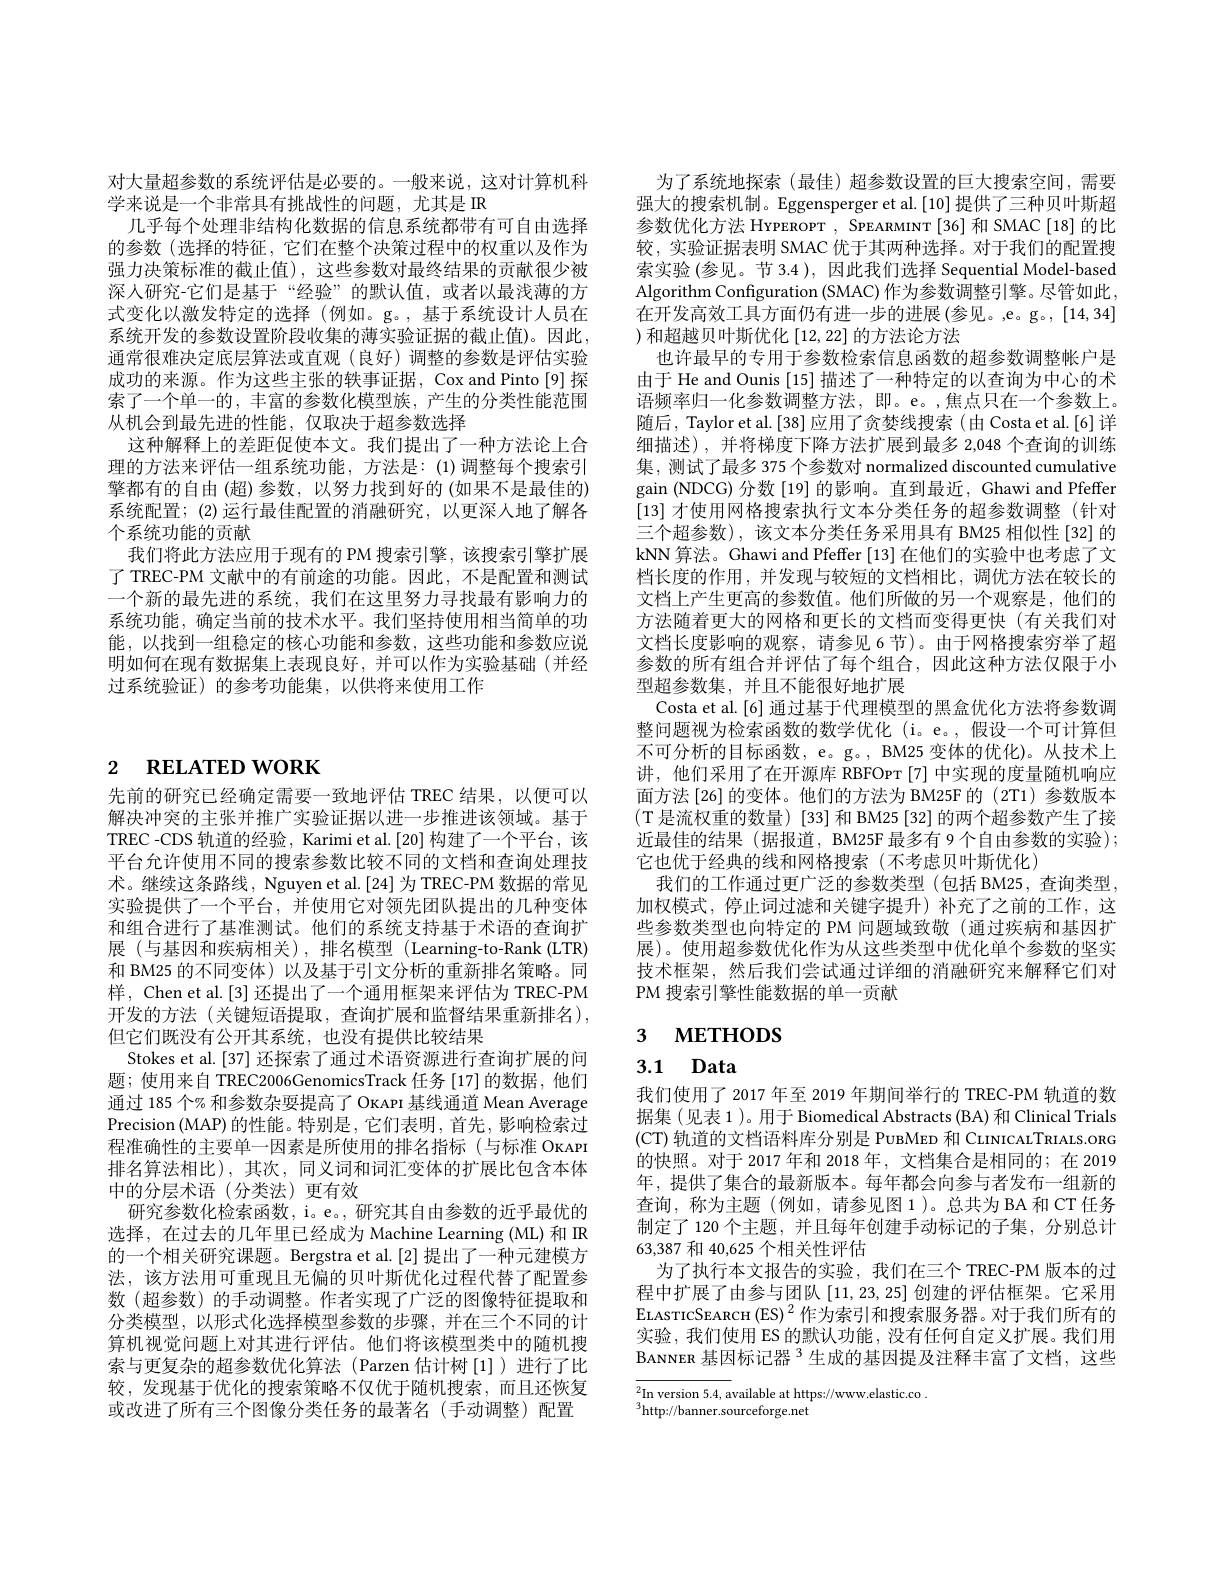
对大量超参数的系统评估是必要的。一般来说，这对计算机科
学来说是一个非常具有挑战性的问题，尤其是 R
几乎每个处理非结构化数据的信息系统都带有可自由选择的参数(选择的特征，它们在整个决策过程中的权重以及作为强力决策标准的截止值),这些参数对最终结果的贡献很少被深人研究-它们是基于“经验”的默认值，或者以最浅薄的方式变化以激发特定的选择 (例如。g。,基于系统设计人员在系统开发的参数设置阶段收集的薄实验证据的截止值)。因此， 通常很难决定底层算法或直观(良好)调整的参数是评估实验成功的来源。作为这些主张的轶事证据，Cox and Pinto[9] 探索了一个单一的，丰富的参数化模型族，产生的分类性能范围从机会到最先进的性能，仅取决于超参数选择
这种解释上的差距促使本文。我们提出了一种方法论上合理的方法来评估一组系统功能，方法是：(1)调整每个搜索引擎都有的自由 (超)参数，以努力找到好的 (如果不是最佳的) 系统配置；(2)运行最佳配置的消融研究，以更深入地了解各个系统功能的贡献
我们将此方法应用于现有的 PM 搜索引擎，该搜索引擎扩展了 TREC-PM 文献中的有前途的功能。因此，不是配置和测试一个新的最先进的系统，我们在这里努力寻找最有影响力的系统功能，确定当前的技术水平。我们坚持使用相当简单的功能，以找到一组稳定的核心功能和参数，这些功能和参数应说明如何在现有数据集上表现良好，并可以作为实验基础(并经过系统验证)的参考功能集，以供将来使用工作

# 2 RELATED WORK

先前的研究已经确定需要一致地评估 TREC 结果，以便可以解决冲突的主张并推广实验证据以进一步推进该领域。基于TREC -CDS 轨道的经验，Karimi et al.[20] 构建了一个平台，该平台允许使用不同的搜索参数比较不同的文档和查询处理技术。继续这条路线，Nguyen et al.[24] 为 TREC-PM 数据的常见实验提供了一个平台，并使用它对领先团队提出的几种变体和组合进行了基准测试。他们的系统支持基于术语的查询扩展 (与基因和疾病相关),排名模型 (Learning-to-Rank (LTR) 和 BM25 的不同变体)以及基于引文分析的重新排名策略。同样，Chen et al.[3] 还提出了一个通用框架来评估为 TREC-PM 开发的方法(关键短语提取，查询扩展和监督结果重新排名), 但它们既没有公开其系统，也没有提供比较结果
Stokes et al.[37] 还探索了通过术语资源进行查询扩展的问题；使用来自 TREC2006GenomicsTrack 任务[17]的数据，他们通过 185 个% 和参数杂耍提高了 OKAPI 基线通道 Mean Average Precision$\left(\mathrm{MAP}\right)$的性能。特别是，它们表明，首先，影响检索过程准确性的主要单一因素是所使用的排名指标(与标准 OKAPI 排名算法相比),其次，同义词和词汇变体的扩展比包含本体中的分层术语(分类法)更有效
研究参数化检索函数，i。e。, 研究其自由参数的近乎最优的选择，在过去的几年里已经成为 Machine Learning (ML) 和 IR 的一个相关研究课题。Bergstra et al.[2] 提出了一种元建模方法，该方法用可重现且无偏的贝叶斯优化过程代替了配置参数 (超参数) 的手动调整。作者实现了广泛的图像特征提取和分类模型，以形式化选择模型参数的步骤，并在三个不同的计算机视觉问题上对其进行评估。他们将该模型类中的随机搜索与更复杂的超参数优化算法(Parzen 估计树[1])进行了比较，发现基于优化的搜索策略不仅优于随机搜索，而且还恢复或改进了所有三个图像分类任务的最著名(手动调整)配置

为了系统地探索(最佳)超参数设置的巨大搜索空间，需要强大的搜索机制。Eggensperger et al.[10] 提供了三种贝叶斯超参数优化方法 HYPEROPT , SPEARMINT [36] 和 SMAC [18] 的比较，实验证据表明 SMAC 优于其两种选择。对于我们的配置搜索实验 (参见。节 3.4 ), 因此我们选择 Sequential Model-based Algorithm Configuration (SMAC) 作为参数调整引擎。尽管如此， 在开发高效工具方面仍有进一步的进展(参见。,e。g。,[14,34] )和超越贝叶斯优化$\left[12,22\right]$的方法论方法
也许最早的专用于参数检索信息函数的超参数调整帐户是由于 He and Ounis [15] 描述了一种特定的以查询为中心的术语频率归一化参数调整方法，即。e。,焦点只在一个参数上。随后，Taylor et al. [38] 应用了贪婪线搜索(由 Costa et al.[6] 详细描述),并将梯度下降方法扩展到最多 2,048 个查询的训练集，测试了最多 375 个参数对 normalized discounted cumulative gain (NDCG) 分数[19] 的影响。直到最近，Ghawi and Pfeffer [13]才使用网格搜索执行文本分类任务的超参数调整(针对三个超参数),该文本分类任务采用具有 BM25 相似性[32]的kNN 算法。Ghawi and Pfeffer [13] 在他们的实验中也考虑了文档长度的作用，并发现与较短的文档相比，调优方法在较长的文档上产生更高的参数值。他们所做的另一个观察是，他们的方法随着更大的网格和更长的文档而变得更快(有关我们对文档长度影响的观察，请参见 6 节)。由于网格搜索穷举了超参数的所有组合并评估了每个组合，因此这种方法仅限于小型超参数集，并且不能很好地扩展
Costa et al.[6] 通过基于代理模型的黑盒优化方法将参数调整问题视为检索函数的数学优化 (i。e。,假设一个可计算但不可分析的目标函数，e。g。, BM25 变体的优化)。从技术上讲，他们采用了在开源库 RBFOrr[7]中实现的度量随机响应面方法 [26] 的变体。他们的方法为 BM25F 的 (2T1) 参数版本(T 是流权重的数量)[33]和 BM25[32] 的两个超参数产生了接近最佳的结果(据报道，BM25F最多有9个自由参数的实验); 它也优于经典的线和网格搜索(不考虑贝叶斯优化)
我们的工作通过更广泛的参数类型(包括 BM25, 查询类型， 加权模式，停止词过滤和关键字提升)补充了之前的工作，这些参数类型也向特定的 PM 问题域致敬 (通过疾病和基因扩展)。使用超参数优化作为从这些类型中优化单个参数的坚实技术框架，然后我们尝试通过详细的消融研究来解释它们对PM 搜索引擎性能数据的单一贡献

# 3 мЕтнорs

3.1 Data

我们使用了 2017 年至 2019 年期间举行的 TREC-PM 轨道的数据集(见表 1)。用于 Biomedical Abstracts(BA) 和 Clinical Trials (CT) 轨道的文档语料库分别是 PUBMED 和 CLINICALTRIALS.ORG 的快照。对于 2017 年和 2018 年，文档集合是相同的；在 2019年，提供了集合的最新版本。每年都会向参与者发布一组新的查询，称为主题(例如，请参见图1)。总共为BA 和 CT 任务制定了 120 个主题，并且每年创建手动标记的子集，分别总计63,387 和 40,625 个相关性评估
为了执行本文报告的实验，我们在三个 TREC-PM 版本的过程中扩展了由参与团队[11,23,25]创建的评估框架。它采用ELAsTICSEARCH (ES) $^2$作为索引和搜索服务器。对于我们所有的实验，我们使用 ES 的默认功能，没有任何自定义扩展。我们用BANNER 基因标记器$^{3}$生成的基因提及注释丰富了文档，这些

$\overline{{^2}\text{In version 5.4, available at https://www.elastic.co}}.$
$^{3}$http://banner.sourceforge.net